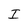
Character: I